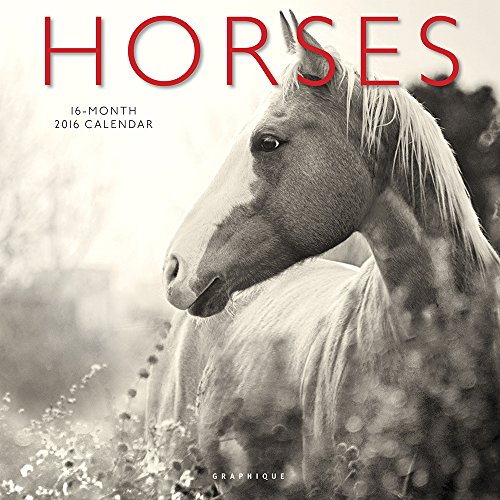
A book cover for Horses Wall Calendar by Graphique; Calendars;